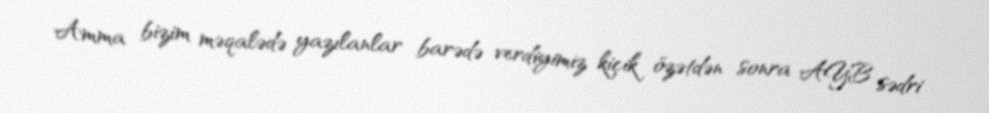
Amma bizim məqalədə yazılanlar barədə verdiyimiz kiçik özətdən sonra AYB sədri